Leaving Certificate Examination, 1924
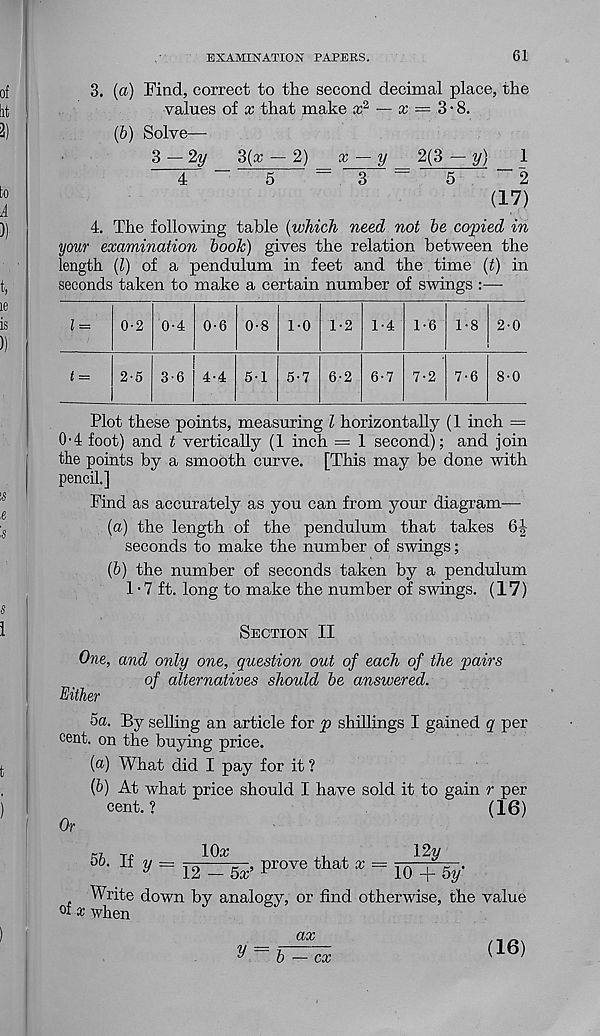
EXAMINATION PAPERS.
61
3. (a) Find, correct to the second decimal place, the
values of x that make x 2 — ir = 3 • 8.
(b) Solve—
3 — 2«/
3(x — 2)
x — y
2(3 — y)
1
4^ ~
5
= "S - =
5
' ~ 2
(17)
4. The following table (which need not be copied in
your examination booh) gives the relation between the
length (l) of a pendulum in feet and the time (t) in
seconds taken to make a certain number of swings :—
Plot these points, measuring l horizontally (1 inch =
0'4 foot) and t vertically (1 inch = 1 second); and join
the points by a smooth curve. [This may be done with
pencil.]
Find as accurately as you can from your diagram—
(a) the length of the pendulum that takes 6-|-
seconds to make the number of swings;
(b) the number of seconds taken by a pendulum
1 • 7 ft. long to make the number of swings. (17)
Section II
One, and only one, question out of each of the pairs
of alternatives should be answered.
Either
5a. By selling an article for p shillings I gained q per
cent, on the buying price.
(a) What did I pay for it ?
(b) At what price should I have sold it to gain r per
cent. ?
(16)
Or
KT. T.e
10^
,, ,
12w
= 12=5J> pro™ ‘hot * = loqT^-
Write down by analogy, or find otherwise, the value
of x when